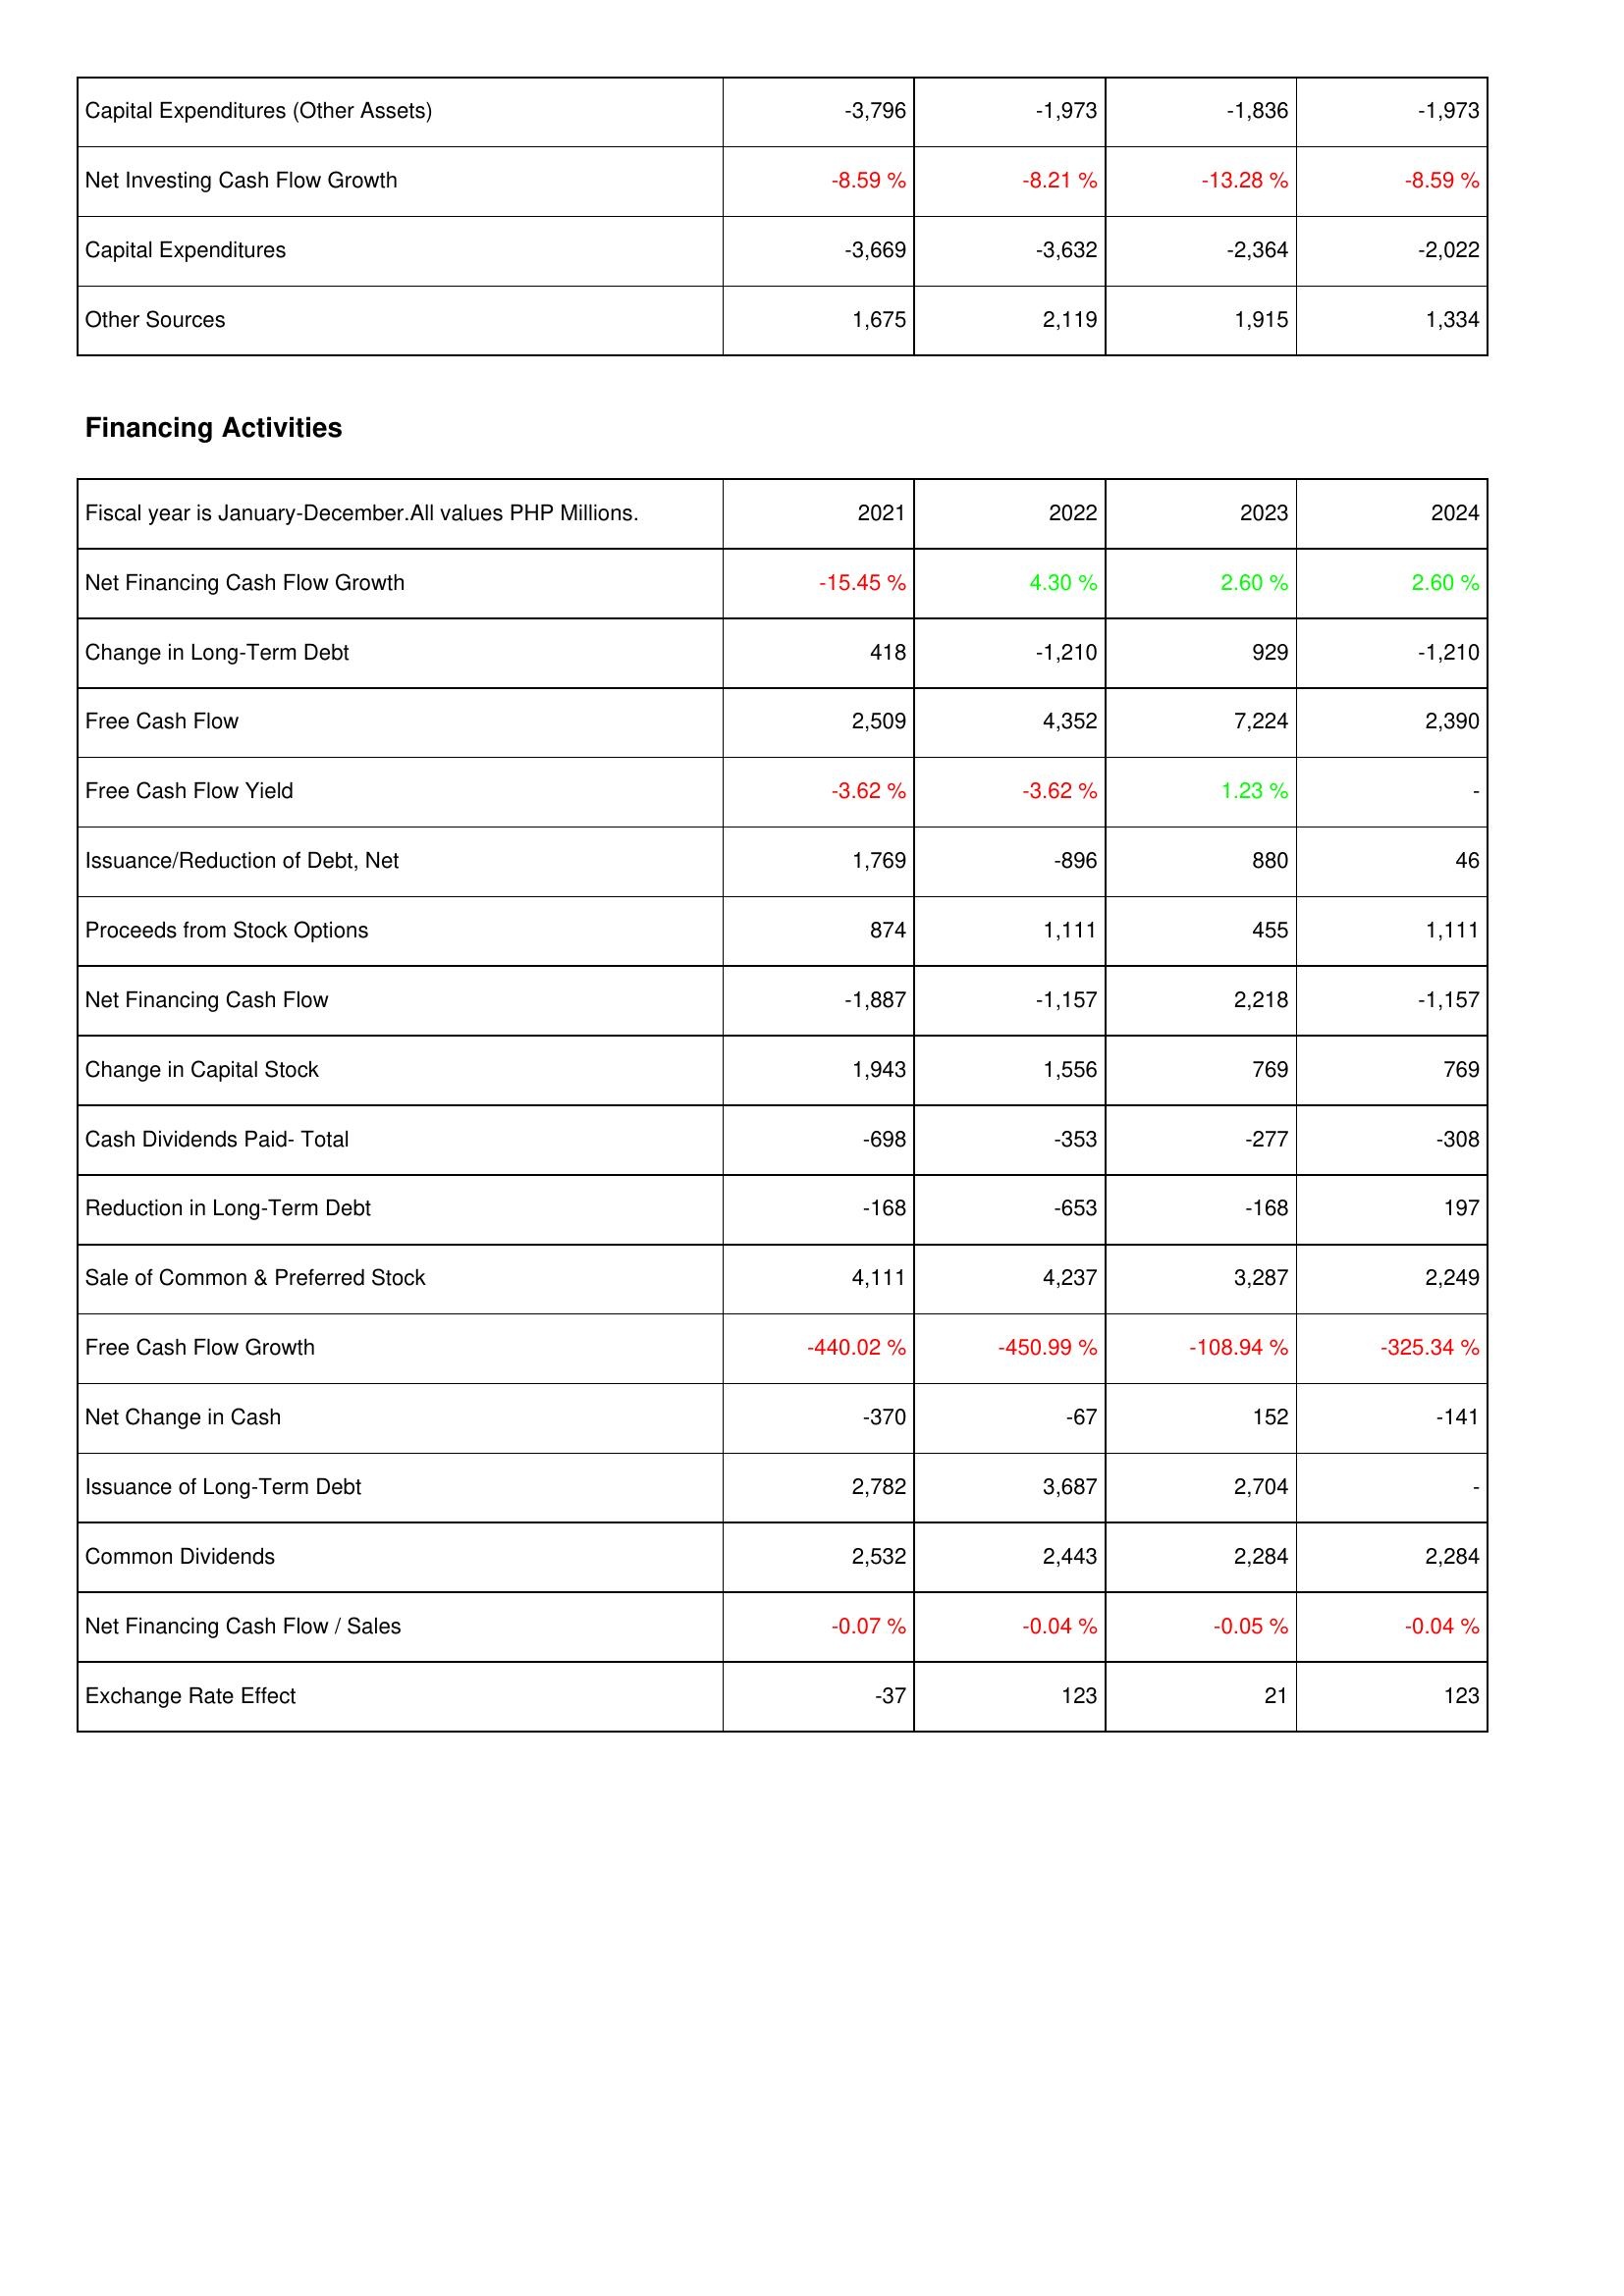
2021: Investing Activities: Capital Expenditures (Other Assets): -3,796
Net Investing Cash Flow Growth: -8.59 %
Capital Expenditures: -3,669
Other Sources: 1,675
Financing Activities: Net Financing Cash Flow Growth: -15.45 %
Change in Long-Term Debt: 418
Free Cash Flow: 2,509
Free Cash Flow Yield: -3.62 %
Issuance/Reduction of Debt, Net: 1,769
Proceeds from Stock Options: 874
Net Financing Cash Flow: -1,887
Change in Capital Stock: 1,943
Cash Dividends Paid- Total: -698
Reduction in Long-Term Debt: -168
Sale of Common & Preferred Stock: 4,111
Free Cash Flow Growth: -440.02 %
Net Change in Cash: -370
Issuance of Long-Term Debt: 2,782
Common Dividends: 2,532
Net Financing Cash Flow / Sales: -0.07 %
Exchange Rate Effect: -37
2022: Investing Activities: Capital Expenditures (Other Assets): -1,973
Net Investing Cash Flow Growth: -8.21 %
Capital Expenditures: -3,632
Other Sources: 2,119
Financing Activities: Net Financing Cash Flow Growth: 4.30 %
Change in Long-Term Debt: -1,210
Free Cash Flow: 4,352
Free Cash Flow Yield: -3.62 %
Issuance/Reduction of Debt, Net: -896
Proceeds from Stock Options: 1,111
Net Financing Cash Flow: -1,157
Change in Capital Stock: 1,556
Cash Dividends Paid- Total: -353
Reduction in Long-Term Debt: -653
Sale of Common & Preferred Stock: 4,237
Free Cash Flow Growth: -450.99 %
Net Change in Cash: -67
Issuance of Long-Term Debt: 3,687
Common Dividends: 2,443
Net Financing Cash Flow / Sales: -0.04 %
Exchange Rate Effect: 123
2023: Investing Activities: Capital Expenditures (Other Assets): -1,836
Net Investing Cash Flow Growth: -13.28 %
Capital Expenditures: -2,364
Other Sources: 1,915
Financing Activities: Net Financing Cash Flow Growth: 2.60 %
Change in Long-Term Debt: 929
Free Cash Flow: 7,224
Free Cash Flow Yield: 1.23 %
Issuance/Reduction of Debt, Net: 880
Proceeds from Stock Options: 455
Net Financing Cash Flow: 2,218
Change in Capital Stock: 769
Cash Dividends Paid- Total: -277
Reduction in Long-Term Debt: -168
Sale of Common & Preferred Stock: 3,287
Free Cash Flow Growth: -108.94 %
Net Change in Cash: 152
Issuance of Long-Term Debt: 2,704
Common Dividends: 2,284
Net Financing Cash Flow / Sales: -0.05 %
Exchange Rate Effect: 21
2024: Investing Activities: Capital Expenditures (Other Assets): -1,973
Net Investing Cash Flow Growth: -8.59 %
Capital Expenditures: -2,022
Other Sources: 1,334
Financing Activities: Net Financing Cash Flow Growth: 2.60 %
Change in Long-Term Debt: -1,210
Free Cash Flow: 2,390
Free Cash Flow Yield: -
Issuance/Reduction of Debt, Net: 46
Proceeds from Stock Options: 1,111
Net Financing Cash Flow: -1,157
Change in Capital Stock: 769
Cash Dividends Paid- Total: -308
Reduction in Long-Term Debt: 197
Sale of Common & Preferred Stock: 2,249
Free Cash Flow Growth: -325.34 %
Net Change in Cash: -141
Issuance of Long-Term Debt: -
Common Dividends: 2,284
Net Financing Cash Flow / Sales: -0.04 %
Exchange Rate Effect: 123